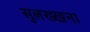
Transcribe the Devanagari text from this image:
सुलख्खना